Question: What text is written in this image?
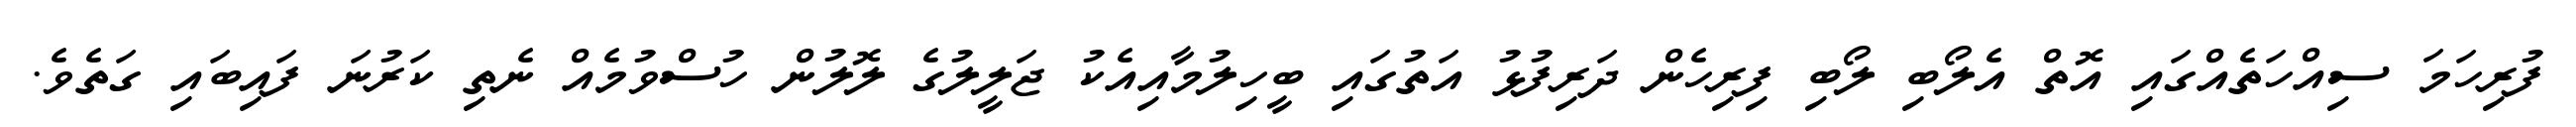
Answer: ފުރިހަމަ ސިއްހަތެއްގައި އޮތް އެލޯބި ލޯބި ފިރިހެން ދަރިފުޅު އަތުގައި ބީހިލުމާއިއެކު ޖަލީލުގެ ލޮލުން ހުސްވުމެއް ނެތި ކަރުނަ ފައިބައި ގަތެވެ.